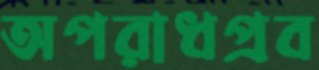
অপরাধপ্রব